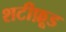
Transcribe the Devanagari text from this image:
शटीफ़ूड